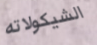
الشيكولاته